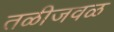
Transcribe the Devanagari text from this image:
तळीजवळ